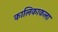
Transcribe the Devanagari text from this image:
कालिकाकला